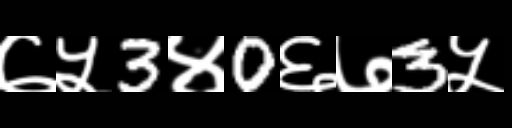
Text: ७५3४0६७3५